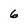
Character: 6